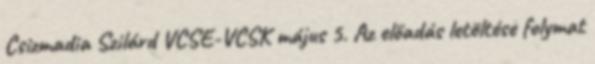
Csizmadia Szilárd VCSE-VCSK május 5. Az előadás letöltése folymat